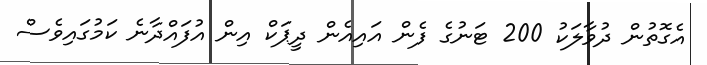
އެގޮތުން ދުވާލަކު 200 ޓަނުގެ ފެން އައިއެން ދީޕަކް އިން އުފައްދާނެ ކަމުގައިވެސް